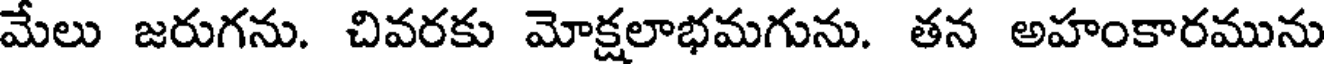
మేలు జరుగను. చివరకు మోక్షలాభమగును. తన అహంకారమును